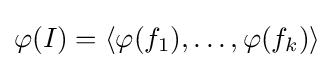
\varphi (I)=\langle \varphi (f_{1}),\ldots ,\varphi (f_{k})\rangle